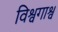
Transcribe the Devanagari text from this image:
विश्वगाश्व